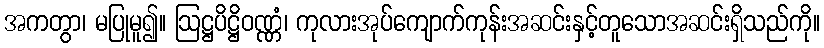
အကတွာ၊ မပြုမူ၍။ ဩဋ္ဌပိဋ္ဌိဝဏ္ဏံ၊ ကုလားအုပ်ကျောက်ကုန်းအဆင်းနှင့်တူသောအဆင်းရှိသည်ကို။